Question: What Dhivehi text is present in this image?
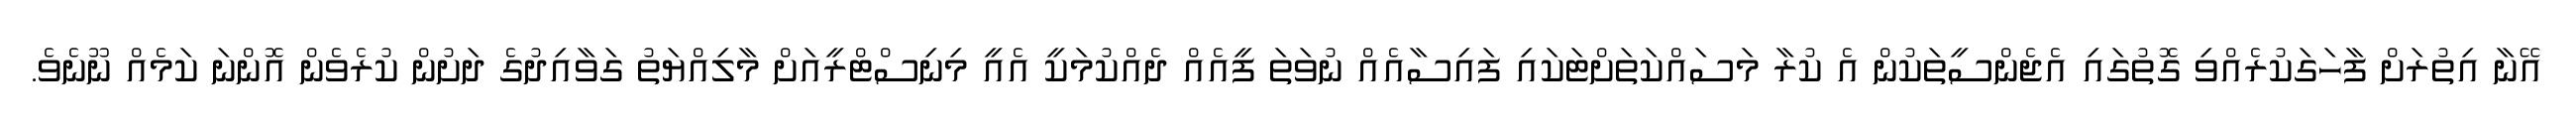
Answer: އޭނާ އިތުރަށް ފާހަގަކުރެއްވި ގޮތުގައި އެޖެންސީތަކުން އެ ކުރާ މަސައްކަތަށްޓަކައި ފައިސާއެއް ނުވަތަ ފީއެއް ދެއްކުމަކީ އެއީ މިނިސްޓްރީއަށް މާލިއްޔަތު ގަވާއިދުގެ ދަށުން ކުރެވެން އޮންނަ ކަމެއް ނޫނެވެ.